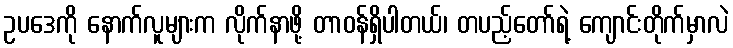
ဥပဒေကို နောက်လူများက လိုက်နာဖို့ တာဝန်ရှိပါတယ်၊ တပည့်တော်ရဲ့ ကျောင်းတိုက်မှာလဲ